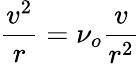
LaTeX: \frac{v^{2}}{r}=\nu_{o}\frac{v}{r^{2}}